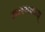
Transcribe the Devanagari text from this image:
मलयाळम्